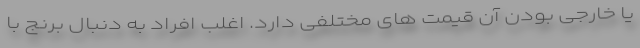
یا خارجی بودن آن قیمت های مختلفی دارد. اغلب افراد به دنبال برنج با